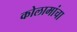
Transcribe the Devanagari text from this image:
कोलामांचा